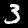
Digit: 3